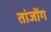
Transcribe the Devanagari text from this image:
तांजोंग